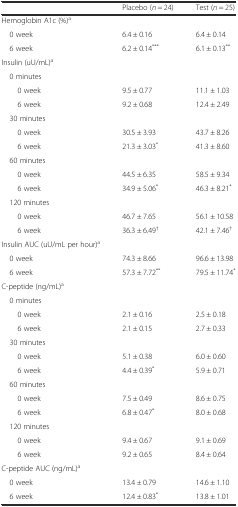
<table><thead><tr><td></td><td><b>Placebo (<i>n</i> = 24)</b></td><td><b>Test (<i>n</i> = 25)</b></td></tr></thead><tbody><tr><td>Hemoglobin A1c (%)<sup>a</sup></td><td></td><td></td></tr><tr><td> 0 week</td><td>6.4 ± 0.16</td><td>6.4 ± 0.14</td></tr><tr><td> 6 week</td><td>6.2 ± 0.14<sup>***</sup></td><td>6.1 ± 0.13<sup>**</sup></td></tr><tr><td>Insulin (uU/mL)<sup>a</sup></td><td></td><td></td></tr><tr><td> 0 minutes</td><td></td><td></td></tr><tr><td>0 week</td><td>9.5 ± 0.77</td><td>11.1 ± 1.03</td></tr><tr><td>6 week</td><td>9.2 ± 0.68</td><td>12.4 ± 2.49</td></tr><tr><td> 30 minutes</td><td></td><td></td></tr><tr><td>0 week</td><td>30.5 ± 3.93</td><td>43.7 ± 8.26</td></tr><tr><td>6 week</td><td>21.3 ± 3.03<sup>*</sup></td><td>41.3 ± 8.60</td></tr><tr><td> 60 minutes</td><td></td><td></td></tr><tr><td>0 week</td><td>44.5 ± 6.35</td><td>58.5 ± 9.34</td></tr><tr><td>6 week</td><td>34.9 ± 5.06<sup>*</sup></td><td>46.3 ± 8.21<sup>*</sup></td></tr><tr><td> 120 minutes</td><td></td><td></td></tr><tr><td>0 week</td><td>46.7 ± 7.65</td><td>56.1 ± 10.58</td></tr><tr><td>6 week</td><td>36.3 ± 6.49<sup>†</sup></td><td>42.1 ± 7.46<sup>†</sup></td></tr><tr><td>Insulin AUC (uU/mL per hour)<sup>a</sup></td><td></td><td></td></tr><tr><td> 0 week</td><td>74.3 ± 8.66</td><td>96.6 ± 13.98</td></tr><tr><td> 6 week</td><td>57.3 ± 7.72<sup>**</sup></td><td>79.5 ± 11.74<sup>*</sup></td></tr><tr><td>C-peptide (ng/mL)<sup>a</sup></td><td></td><td></td></tr><tr><td> 0 minutes</td><td></td><td></td></tr><tr><td>0 week</td><td>2.1 ± 0.16</td><td>2.5 ± 0.18</td></tr><tr><td>6 week</td><td>2.1 ± 0.15</td><td>2.7 ± 0.33</td></tr><tr><td> 30 minutes</td><td></td><td></td></tr><tr><td>0 week</td><td>5.1 ± 0.38</td><td>6.0 ± 0.60</td></tr><tr><td>6 week</td><td>4.4 ± 0.39<sup>*</sup></td><td>5.9 ± 0.71</td></tr><tr><td> 60 minutes</td><td></td><td></td></tr><tr><td>0 week</td><td>7.5 ± 0.49</td><td>8.6 ± 0.75</td></tr><tr><td>6 week</td><td>6.8 ± 0.47<sup>*</sup></td><td>8.0 ± 0.68</td></tr><tr><td> 120 minutes</td><td></td><td></td></tr><tr><td>0 week</td><td>9.4 ± 0.67</td><td>9.1 ± 0.69</td></tr><tr><td>6 week</td><td>9.2 ± 0.65</td><td>8.4 ± 0.64</td></tr><tr><td>C-peptide AUC (ng/mL)<sup>a</sup></td><td></td><td></td></tr><tr><td> 0 week</td><td>13.4 ± 0.79</td><td>14.6 ± 1.10</td></tr><tr><td> 6 week</td><td>12.4 ± 0.83<sup>*</sup></td><td>13.8 ± 1.01</td></tr></tbody></table>